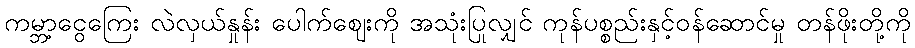
ကမ္ဘာ့ငွေကြေး လဲလှယ်နှုန်း ပေါက်ဈေးကို အသုံးပြုလျှင် ကုန်ပစ္စည်းနှင့်ဝန်ဆောင်မှု တန်ဖိုးတို့ကို